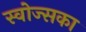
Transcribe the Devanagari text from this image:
स्वोज्सका